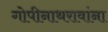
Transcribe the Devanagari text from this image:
गोपीनाथरावांना